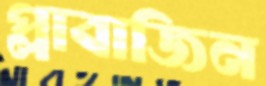
প্লাবাজিন